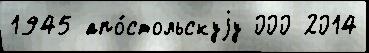
1945 апо́стольскуjу 000 2014